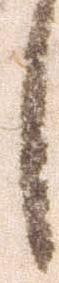
し